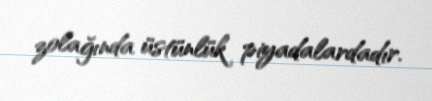
zolağında üstünlük piyadalardadır.